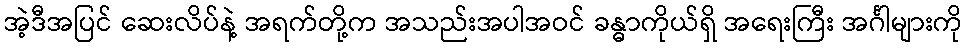
အဲ့ဒီအပြင် ဆေးလိပ်နဲ့ အရက်တို့က အသည်းအပါအဝင် ခန္ဓာကိုယ်ရှိ အရေးကြီး အင်္ဂါများကို